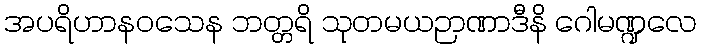
အပရိဟာနဝသေန ဘတ္တရိ သုတမယဉာဏာဒီနိ ဂေါမဏ္ဍလေ